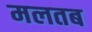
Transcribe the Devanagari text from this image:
मलतब